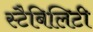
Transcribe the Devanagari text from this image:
स्टैबिलिटी